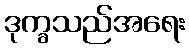
ဒုက္ခသည်အရေး